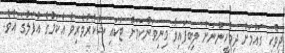
ދިވެހި ގައުމަށް ދިވެހީންނަށް ލިބިފައިވާ މިނިވަންކަމަށް ޓަކައި ޝުކުރުވެރިވެ އެކަމުގެ އުފަލުގަ އެވެ.